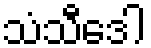
သံသီဒေါ